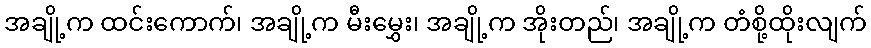
အချို့က ထင်းကောက်၊ အချို့က မီးမွှေး၊ အချို့က အိုးတည်၊ အချို့က တံစို့ထိုးလျက်